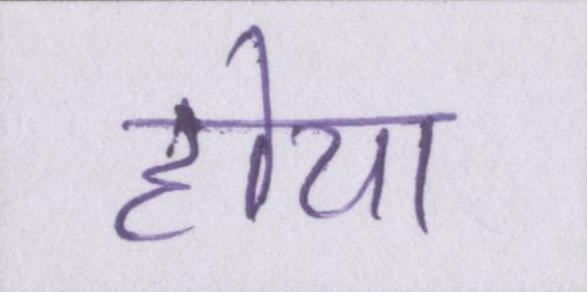
होया